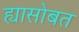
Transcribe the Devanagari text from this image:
ह्यासोबत